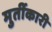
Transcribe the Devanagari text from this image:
मुर्तीकारी